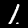
Label: 1